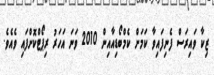
ޒިކާ ވައިރަސް ފެނިފައިވާ ކަމަށް ކެމްބޯޑިއާއިން 2010 ވަނަ އަހަރު ރިޕޯޓްކޮށްފައި ވެއެވެ.